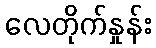
လေတိုက်နှုန်း